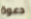
دعوة